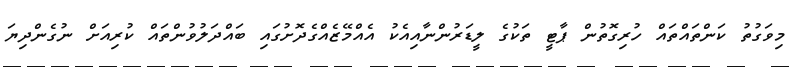
މިވަގުތު ކަންތައްތައް ހުރިގޮތުން ޕާޓީ ތަކުގެ ލީޑަރުންނާއިއެކު އެއްމޭޒެއްގެދޮށުގައި ބައްދަލުވުންތައް ކުރިއަށް ނުގެންދިޔަ